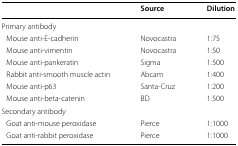
<table><thead><tr><td></td><td><b>Source</b></td><td><b>Dilution</b></td></tr></thead><tbody><tr><td colspan="3">Primary antibody</td></tr><tr><td> Mouse anti-E-cadherin</td><td>Novocastra</td><td>1:75</td></tr><tr><td> Mouse anti-vimentin</td><td>Novocastra</td><td>1:50</td></tr><tr><td> Mouse anti-pankeratin</td><td>Sigma</td><td>1:500</td></tr><tr><td> Rabbit anti-smooth muscle actin</td><td>Abcam</td><td>1:400</td></tr><tr><td> Mouse anti-p63</td><td>Santa-Cruz</td><td>1:200</td></tr><tr><td> Mouse anti-beta-catenin</td><td>BD</td><td>1:500</td></tr><tr><td colspan="3">Secondary antibody</td></tr><tr><td> Goat anti-mouse peroxidase</td><td>Pierce</td><td>1:1000</td></tr><tr><td> Goat anti-rabbit peroxidase</td><td>Pierce</td><td>1:1000</td></tr></tbody></table>